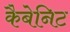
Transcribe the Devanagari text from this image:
कैबेनिट